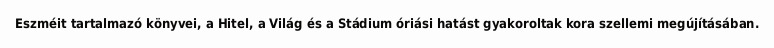
Eszméit tartalmazó könyvei, a Hitel, a Világ és a Stádium óriási hatást gyakoroltak kora szellemi megújításában.